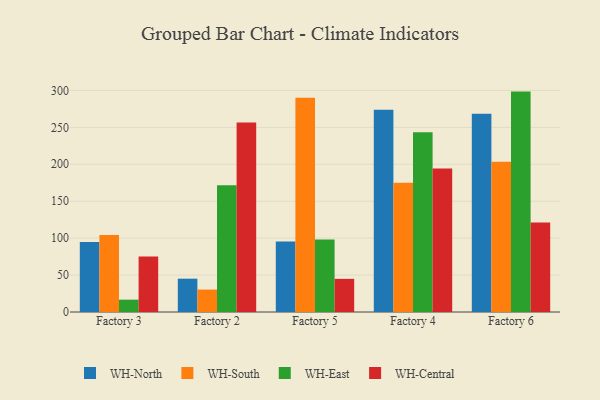
{"axis": {"x": "Factory", "y": "Latency (ms)"}, "legend": ["WH-Central", "WH-East", "WH-North", "WH-South"], "data": [{"x": "Factory 3", "y": 94.7, "type": "WH-North"}, {"x": "Factory 3", "y": 104.3, "type": "WH-South"}, {"x": "Factory 3", "y": 16.7, "type": "WH-East"}, {"x": "Factory 3", "y": 75.0, "type": "WH-Central"}, {"x": "Factory 2", "y": 45.1, "type": "WH-North"}, {"x": "Factory 2", "y": 30.4, "type": "WH-South"}, {"x": "Factory 2", "y": 171.7, "type": "WH-East"}, {"x": "Factory 2", "y": 256.7, "type": "WH-Central"}, {"x": "Factory 5", "y": 95.3, "type": "WH-North"}, {"x": "Factory 5", "y": 290.2, "type": "WH-South"}, {"x": "Factory 5", "y": 98.2, "type": "WH-East"}, {"x": "Factory 5", "y": 44.9, "type": "WH-Central"}, {"x": "Factory 4", "y": 273.9, "type": "WH-North"}, {"x": "Factory 4", "y": 175.1, "type": "WH-South"}, {"x": "Factory 4", "y": 243.5, "type": "WH-East"}, {"x": "Factory 4", "y": 194.4, "type": "WH-Central"}, {"x": "Factory 6", "y": 268.3, "type": "WH-North"}, {"x": "Factory 6", "y": 203.4, "type": "WH-South"}, {"x": "Factory 6", "y": 298.4, "type": "WH-East"}, {"x": "Factory 6", "y": 121.2, "type": "WH-Central"}]}